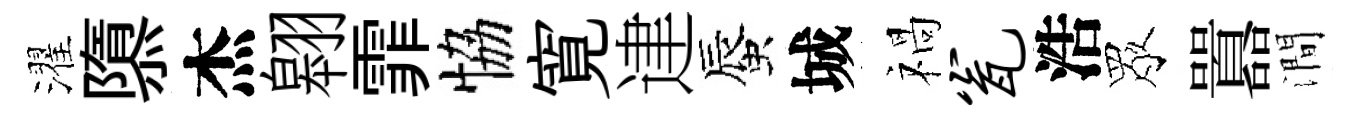
濯隳杰翱霏恊寛䢖蜃城禍瓮浩眾囂澗